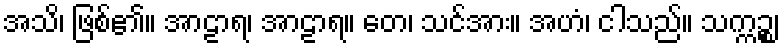
အသိ၊ ဖြစ်၏။ အာဠာရ၊ အာဠာရ။ တေ၊ သင်အား။ အဟံ၊ ငါသည်။ သက္ကဉ္စ၊